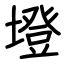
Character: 墱